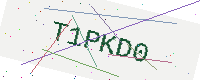
Text: T1PKD0